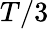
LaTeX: T/3